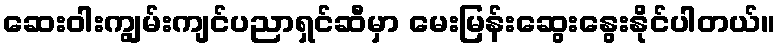
ဆေးဝါးကျွမ်းကျင်ပညာရှင်ဆီမှာ မေးမြန်းဆွေးနွေးနိုင်ပါတယ်။